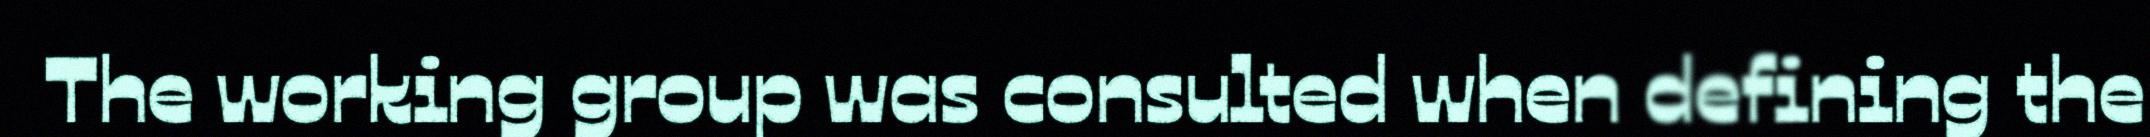
The working group was consulted when defining the